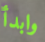
وابدأ